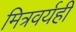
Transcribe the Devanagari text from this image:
मित्रवर्यही